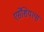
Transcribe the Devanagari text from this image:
एसेंशियल्स